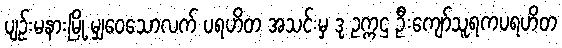
ပျဉ်းမနားမြို့ မျှဝေသောလက် ပရဟိတ အသင်းမှ ဒု ဥက္ကဌ ဦးကျော်သူရကပရဟိတ